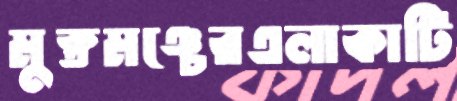
মুক্তমঞ্চেরএলাকাটি